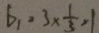
b _ { 1 } = 3 \times \frac { 1 } { 3 } = 1